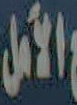
الأمل